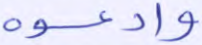
وادعوه